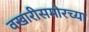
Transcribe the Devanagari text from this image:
वखारीसमोरच्या